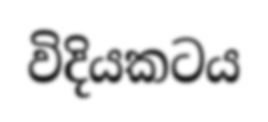
විදියකටය